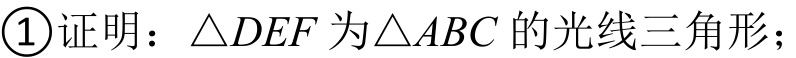
\textcircled{1}证明：\(\triangle DEF\)为\(\triangle ABC\)的光线三角形；